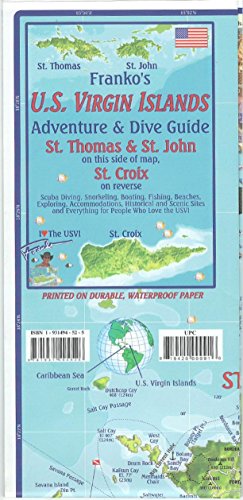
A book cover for U.S. Virgin Islands Dive & Adventure Guide Franko Maps Waterproof Map; Franko Maps Ltd.; Travel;